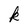
Character: k